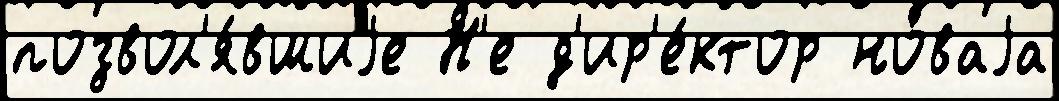
позвол'я́вшиjе Н'е д'ир'е́ктор но́ваjа